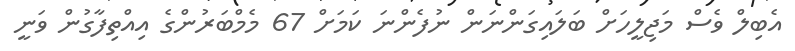
އެބިލް ވެސް މަޖިލީހަށް ބަލައިގަންނަން ނުފެންނަ ކަމަށް 67 މެމްބަރުންގެ އިއްތިފާގުން ވަނީ